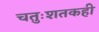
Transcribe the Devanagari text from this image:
चतुःशतकही